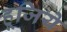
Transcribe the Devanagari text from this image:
हूजिये